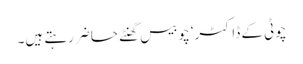
چوٹی کے ڈاکٹر‘ چوبیس گھنٹے حاضر رہتے ہیں۔